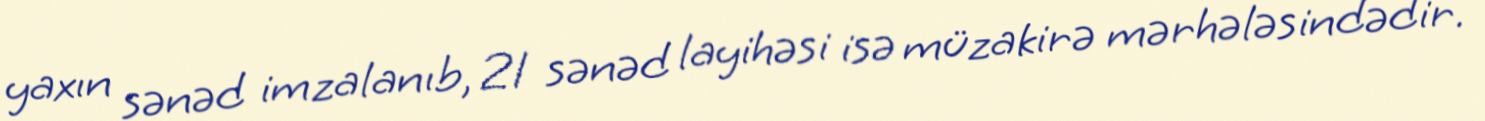
yaxın sənəd imzalanıb, 21 sənəd layihəsi isə müzakirə mərhələsindədir.